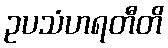
ဥပသံဟရတီတိ